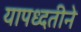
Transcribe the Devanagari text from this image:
यापध्दतीने